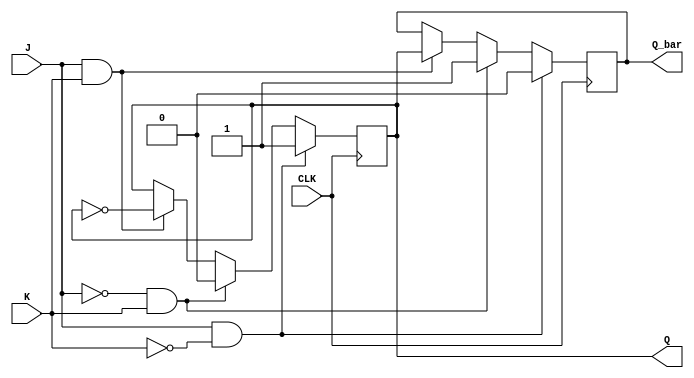
module jk_latch(
    input J, // input J
    input K, // input K
    input CLK, // clock input
    output reg Q, // output Q
    output reg Q_bar // output Q_bar
);

reg Q_next, Q_bar_next;

always @(posedge CLK) begin
    if(J & ~K) begin
        Q_next = 1;
        Q_bar_next = 0;
    end else if(~J & K) begin
        Q_next = 0;
        Q_bar_next = 1;
    end else if(J & K) begin
        Q_next = ~Q;
        Q_bar_next = Q;
    end else begin
        Q_next = Q;
        Q_bar_next = Q_bar;
    end
end

assign Q = Q_next;
assign Q_bar = Q_bar_next;

endmodule